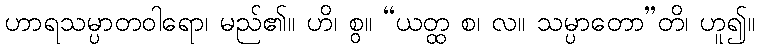
ဟာရသမ္ပာတဝါရော၊ မည်၏။ ဟိ၊ စွ။ “ယတ္ထ စ၊ လ။ သမ္ပာတော”တိ၊ ဟူ၍။